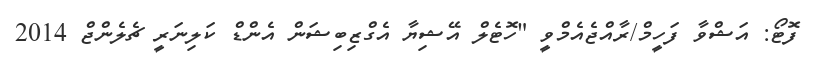
ފޮޓޯ: އަޝްވާ ފަހީމް/ރާއްޖެއެމްވީ "ހޮޓެލް އޭޝިޔާ އެގްޒިބިޝަން އެންޑް ކަލިނަރީ ޗެލެންޖް 2014